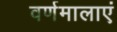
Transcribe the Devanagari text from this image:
वर्णमालाएं